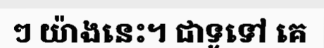
ៗ យ៉ាងនេះ។ ជាទូទៅ គេ